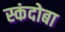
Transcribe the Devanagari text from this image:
स्कंदोबा